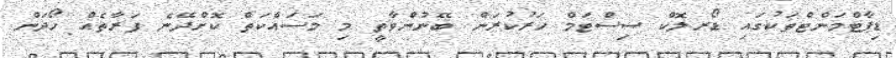
ޑިޕާޓްމަންޓްތަކުގައި ޑޯރލޮކް ސިސްޓަމް ހަރުކުރަން ބޭނުންވާތީ މި މަސައްކަތް ކޮށްދޭނެ ފަރާތެއް ހޯދަން